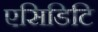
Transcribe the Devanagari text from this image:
एसिडिटि